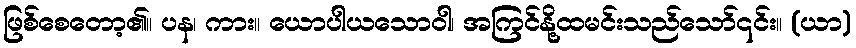
ဖြစ်စေတော့၏။ ပန၊ ကား။ ယောပါယသောဝါ၊ အကြင်နို့ထမင်းသည်သော်၎င်း။ (ယာ)